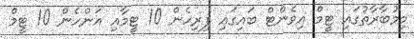
މިމުބާރާތުގައި ޓީމް އިވެންޓް ބައިގައި ފިރިހެން 10 ޓީމާއި އަންހެން 10 ޓީމް